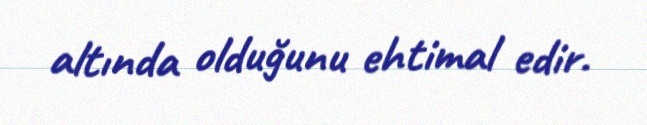
altında olduğunu ehtimal edir.